Problem: 3 × 5 = ?
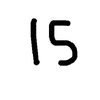
Handwritten answer: 15